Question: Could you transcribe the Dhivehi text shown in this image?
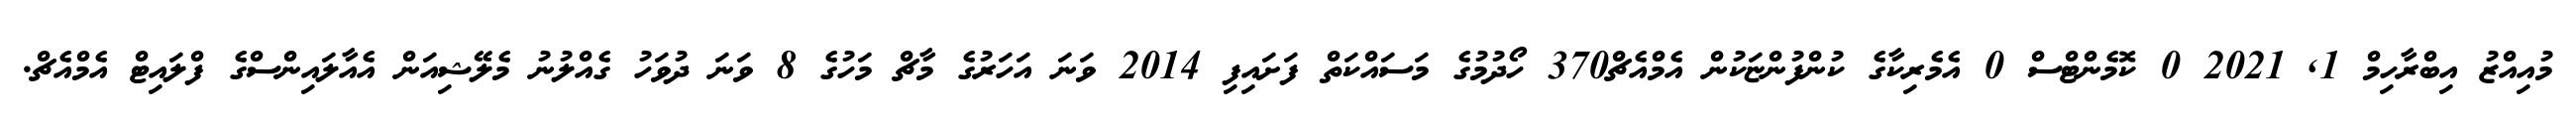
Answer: މުއިއްޒު އިބްރާހިމް 1, 2021 0 ކޮމެންޓްސް 0 އެމެރިކާގެ ކުންފުންޏަކުން އެމްއެޗް370 ހޯދުމުގެ މަސައްކަތް ފަށައިފި 2014 ވަނަ އަހަރުގެ މާޗް މަހުގެ 8 ވަނަ ދުވަހު ގެއްލުނު މެލޭޝިއަން އެއާލައިންސްގެ ފްލައިޓް އެމްއެޗް.